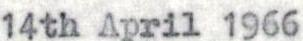
14th April 1966